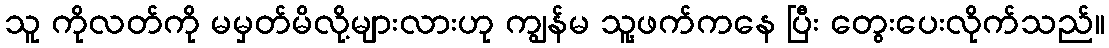
သူ ကိုလတ်ကို မမှတ်မိလို့များလားဟု ကျွန်မ သူ့ဖက်ကနေ ပြီး တွေးပေးလိုက်သည်။